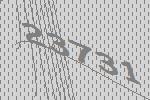
23731